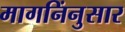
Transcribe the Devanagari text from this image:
मागनिंनुसार